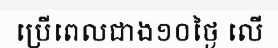
ប្រើពេលជាង១០ថ្ងៃ លើ